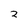
Character: 2